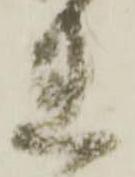
連